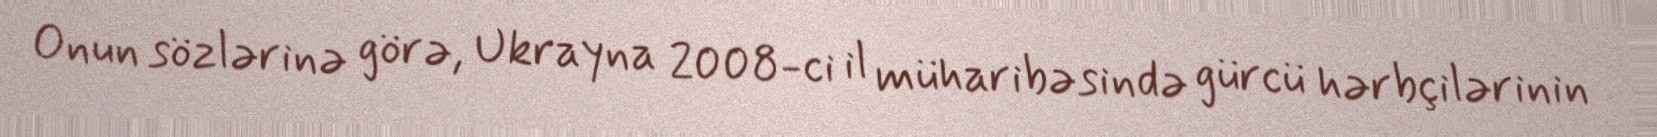
Onun sözlərinə görə, Ukrayna 2008-ci il müharibəsində gürcü hərbçilərinin